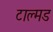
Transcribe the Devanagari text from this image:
टाल्मड